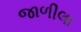
જાળીલા